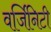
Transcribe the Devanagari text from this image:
वर्जिनिटी